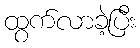
ထွက်လာခဲ့ပြီး